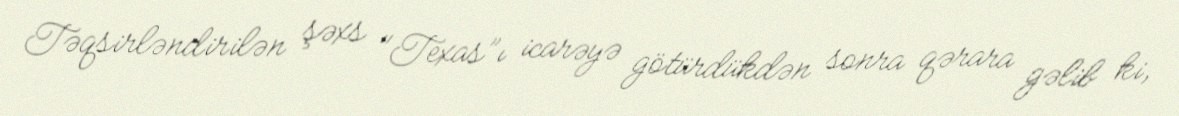
Təqsirləndirilən şəxs "Texas”ı icarəyə götürdükdən sonra qərara gəlib ki,